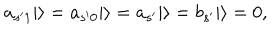
a _ { s ^ { \prime } 1 } | \rangle = a _ { s ^ { \prime } 0 } | \rangle = a _ { s ^ { \prime } } | \rangle = b _ { s ^ { \prime } } | \rangle = 0 ,